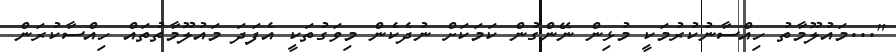
"...މައުލޫމާތު ހިއްސާނުކުރުމަކީ މުޅިން ނޭންގުން ކަމަކަށް ނުދެކެން މިވަގުތަކީ އެފަދަ މައުލޫމާތުތައް ހިއްސާކުރަން